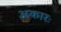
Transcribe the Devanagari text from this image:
अकारः